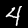
Label: 4